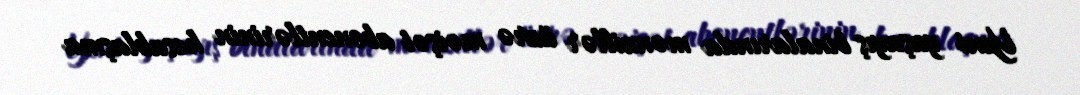
Yeni yaşayış binalarında mənzillər üzrə məişət abonentlərinin hesablaşma